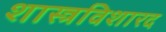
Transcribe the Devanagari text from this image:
शास्त्रविशारद